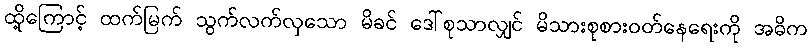
ထို့ကြောင့် ထက်မြက် သွက်လက်လှသော မိခင် ဒေါ်စုသာလျှင် မိသားစုစားဝတ်နေရေးကို အဓိက